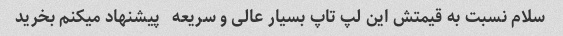
سلام نسبت به قیمتش این لپ تاپ بسیار عالی و سریعه   پیشنهاد میکنم بخرید